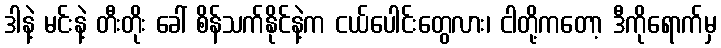
ဒါနဲ့ မင်းနဲ့ တီးတိုး ခေါ် စိန်သက်နိုင်နဲ့က ငယ်ပေါင်းတွေလား၊ ငါတို့ကတော့ ဒီကိုရောက်မှ